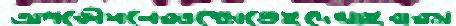
অপকৌশলেরওক্ষোভেইদেখাইবারম